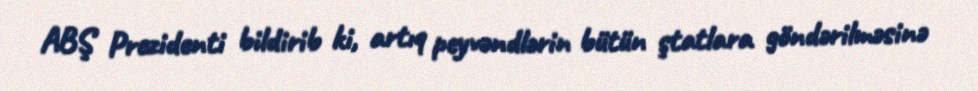
ABŞ Prezidenti bildirib ki, artıq peyvəndlərin bütün ştatlara göndərilməsinə